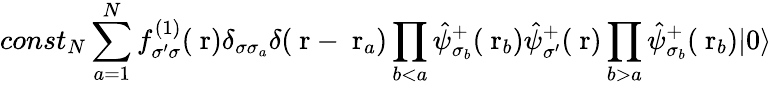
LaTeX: const_{N}\sum_{a=1}^{N}f_{\sigma^{\prime}\sigma}^{(1)}(\mathrm{\mathbf~r})\delta_{\sigma\sigma_{a}}\delta(\mathrm{\mathbf~r}-\mathrm{\mathbf~r}_{a})\prod_{b<a}\hat{\psi}_{\sigma_{b}}^{+}(\mathrm{\mathbf~r}_{b})\hat{\psi}_{\sigma^{\prime}}^{+}(\mathrm{\mathbf~r})\prod_{b>a}\hat{\psi}_{\sigma_{b}}^{+}(\mathrm{\mathbf~r}_{b})|0\rangle